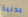
بدنية